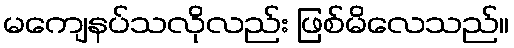
မကျေနပ်သလိုလည်း ဖြစ်မိလေသည်။